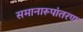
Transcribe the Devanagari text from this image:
समानारूपांतरण